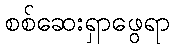
စစ်ဆေးရှာဖွေရာ